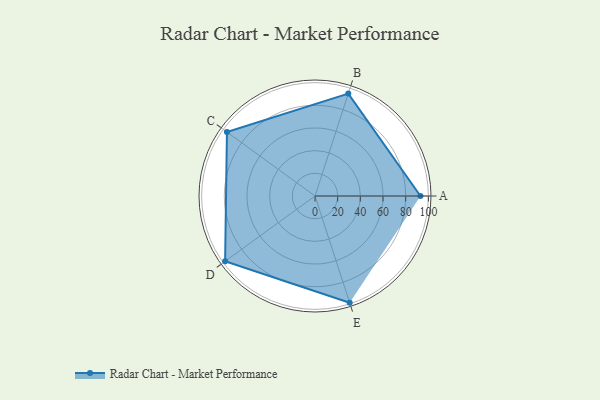
{"axis": {"x": "Skill", "y": "Score"}, "legend": ["Profile"], "data": [{"x": "A", "y": 93.0, "type": "Profile"}, {"x": "B", "y": 95.0, "type": "Profile"}, {"x": "C", "y": 96.0, "type": "Profile"}, {"x": "D", "y": 98.0, "type": "Profile"}, {"x": "E", "y": 99, "type": "Profile"}]}